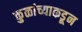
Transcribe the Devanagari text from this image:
कुळांच्याकडून